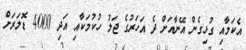
އެކަމާއި ގުޅިގެން އޭނާއަށް ދެ އަހަރުގެ ޖަލު ހުކުމަކާއި އަދި 4000 ޑޮލަރަށް